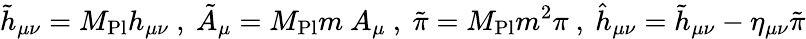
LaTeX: {\tilde{h}}_{\mu\nu}=M_{\mathrm{Pl}}h_{\mu\nu}\ ,\ {\tilde{A}}_{\mu}=M_{\mathrm{Pl}}m\ A_{\mu}\ ,\ {\tilde{\pi}}=M_{\mathrm{Pl}}m^{2}\pi\ ,\ {\hat{h}}_{\mu\nu}={\tilde{h}}_{\mu\nu}-\eta_{\mu\nu}{\tilde{\pi}}